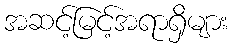
အဆင့်မြင့်အရာရှိများ